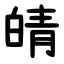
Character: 皘